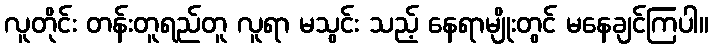
လူတိုင်း တန်းတူရည်တူ လူရာ မသွင်း သည့် နေရာမျိုးတွင် မနေချင်ကြပါ။